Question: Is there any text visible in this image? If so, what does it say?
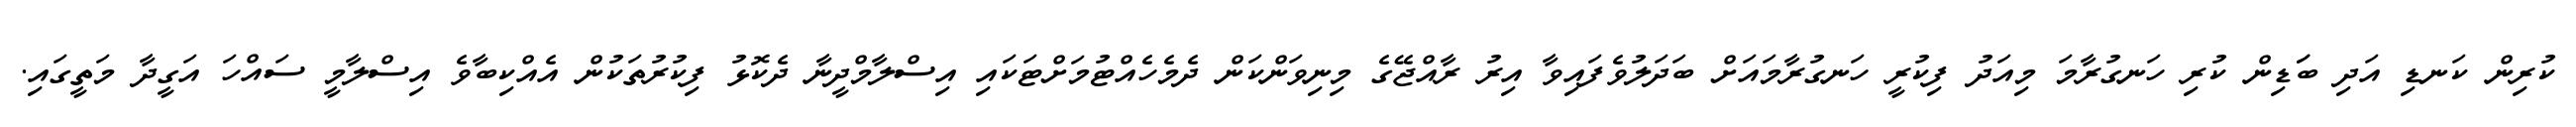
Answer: ކުރިން ކަނޑި އަދި ބަަޑިން ކުރި ހަނގުރާމަ މިއަދު ފިކުރީ ހަނގުރާމައަށް ބަދަލުވެފައިވާ އިރު ރާއްޖޭގެ މިނިވަންކަން ދެމެހެއްޓުމަށްޓަކައި އިސްލާމްދީނާ ދެކޮޅު ފިކުރުތަކުން އެއްކިބާވެ އިސްލާމީ ސައްހަ އަގީދާ މަތީގައި.